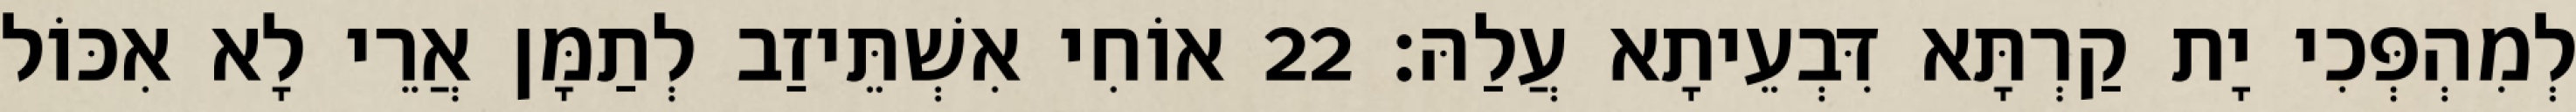
לְמִהְפְּכִי יָת קַרְתָּא דִּבְעֵיתָא עֲלַהּ׃ 22 אוֹחִי אִשְׁתֵּיזַב לְתַמָּן אֲרֵי לָא אִכּוֹל